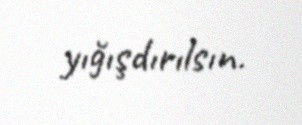
yığışdırılsın.